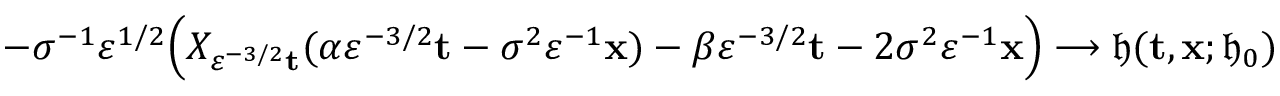
- \sigma ^ { - 1 } \varepsilon ^ { 1 / 2 } \Big ( X _ { \varepsilon ^ { - 3 / 2 } \mathbf { t } } ( \alpha \varepsilon ^ { - 3 / 2 } \mathbf { t } - \sigma ^ { 2 } \varepsilon ^ { - 1 } \mathbf { x } ) - \beta \varepsilon ^ { - 3 / 2 } \mathbf { t } - 2 \sigma ^ { 2 } \varepsilon ^ { - 1 } \mathbf { x } \Big ) \longrightarrow \mathfrak { h } ( \mathbf { t } , \mathbf { x } ; \mathfrak { h } _ { 0 } )